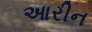
આરીન